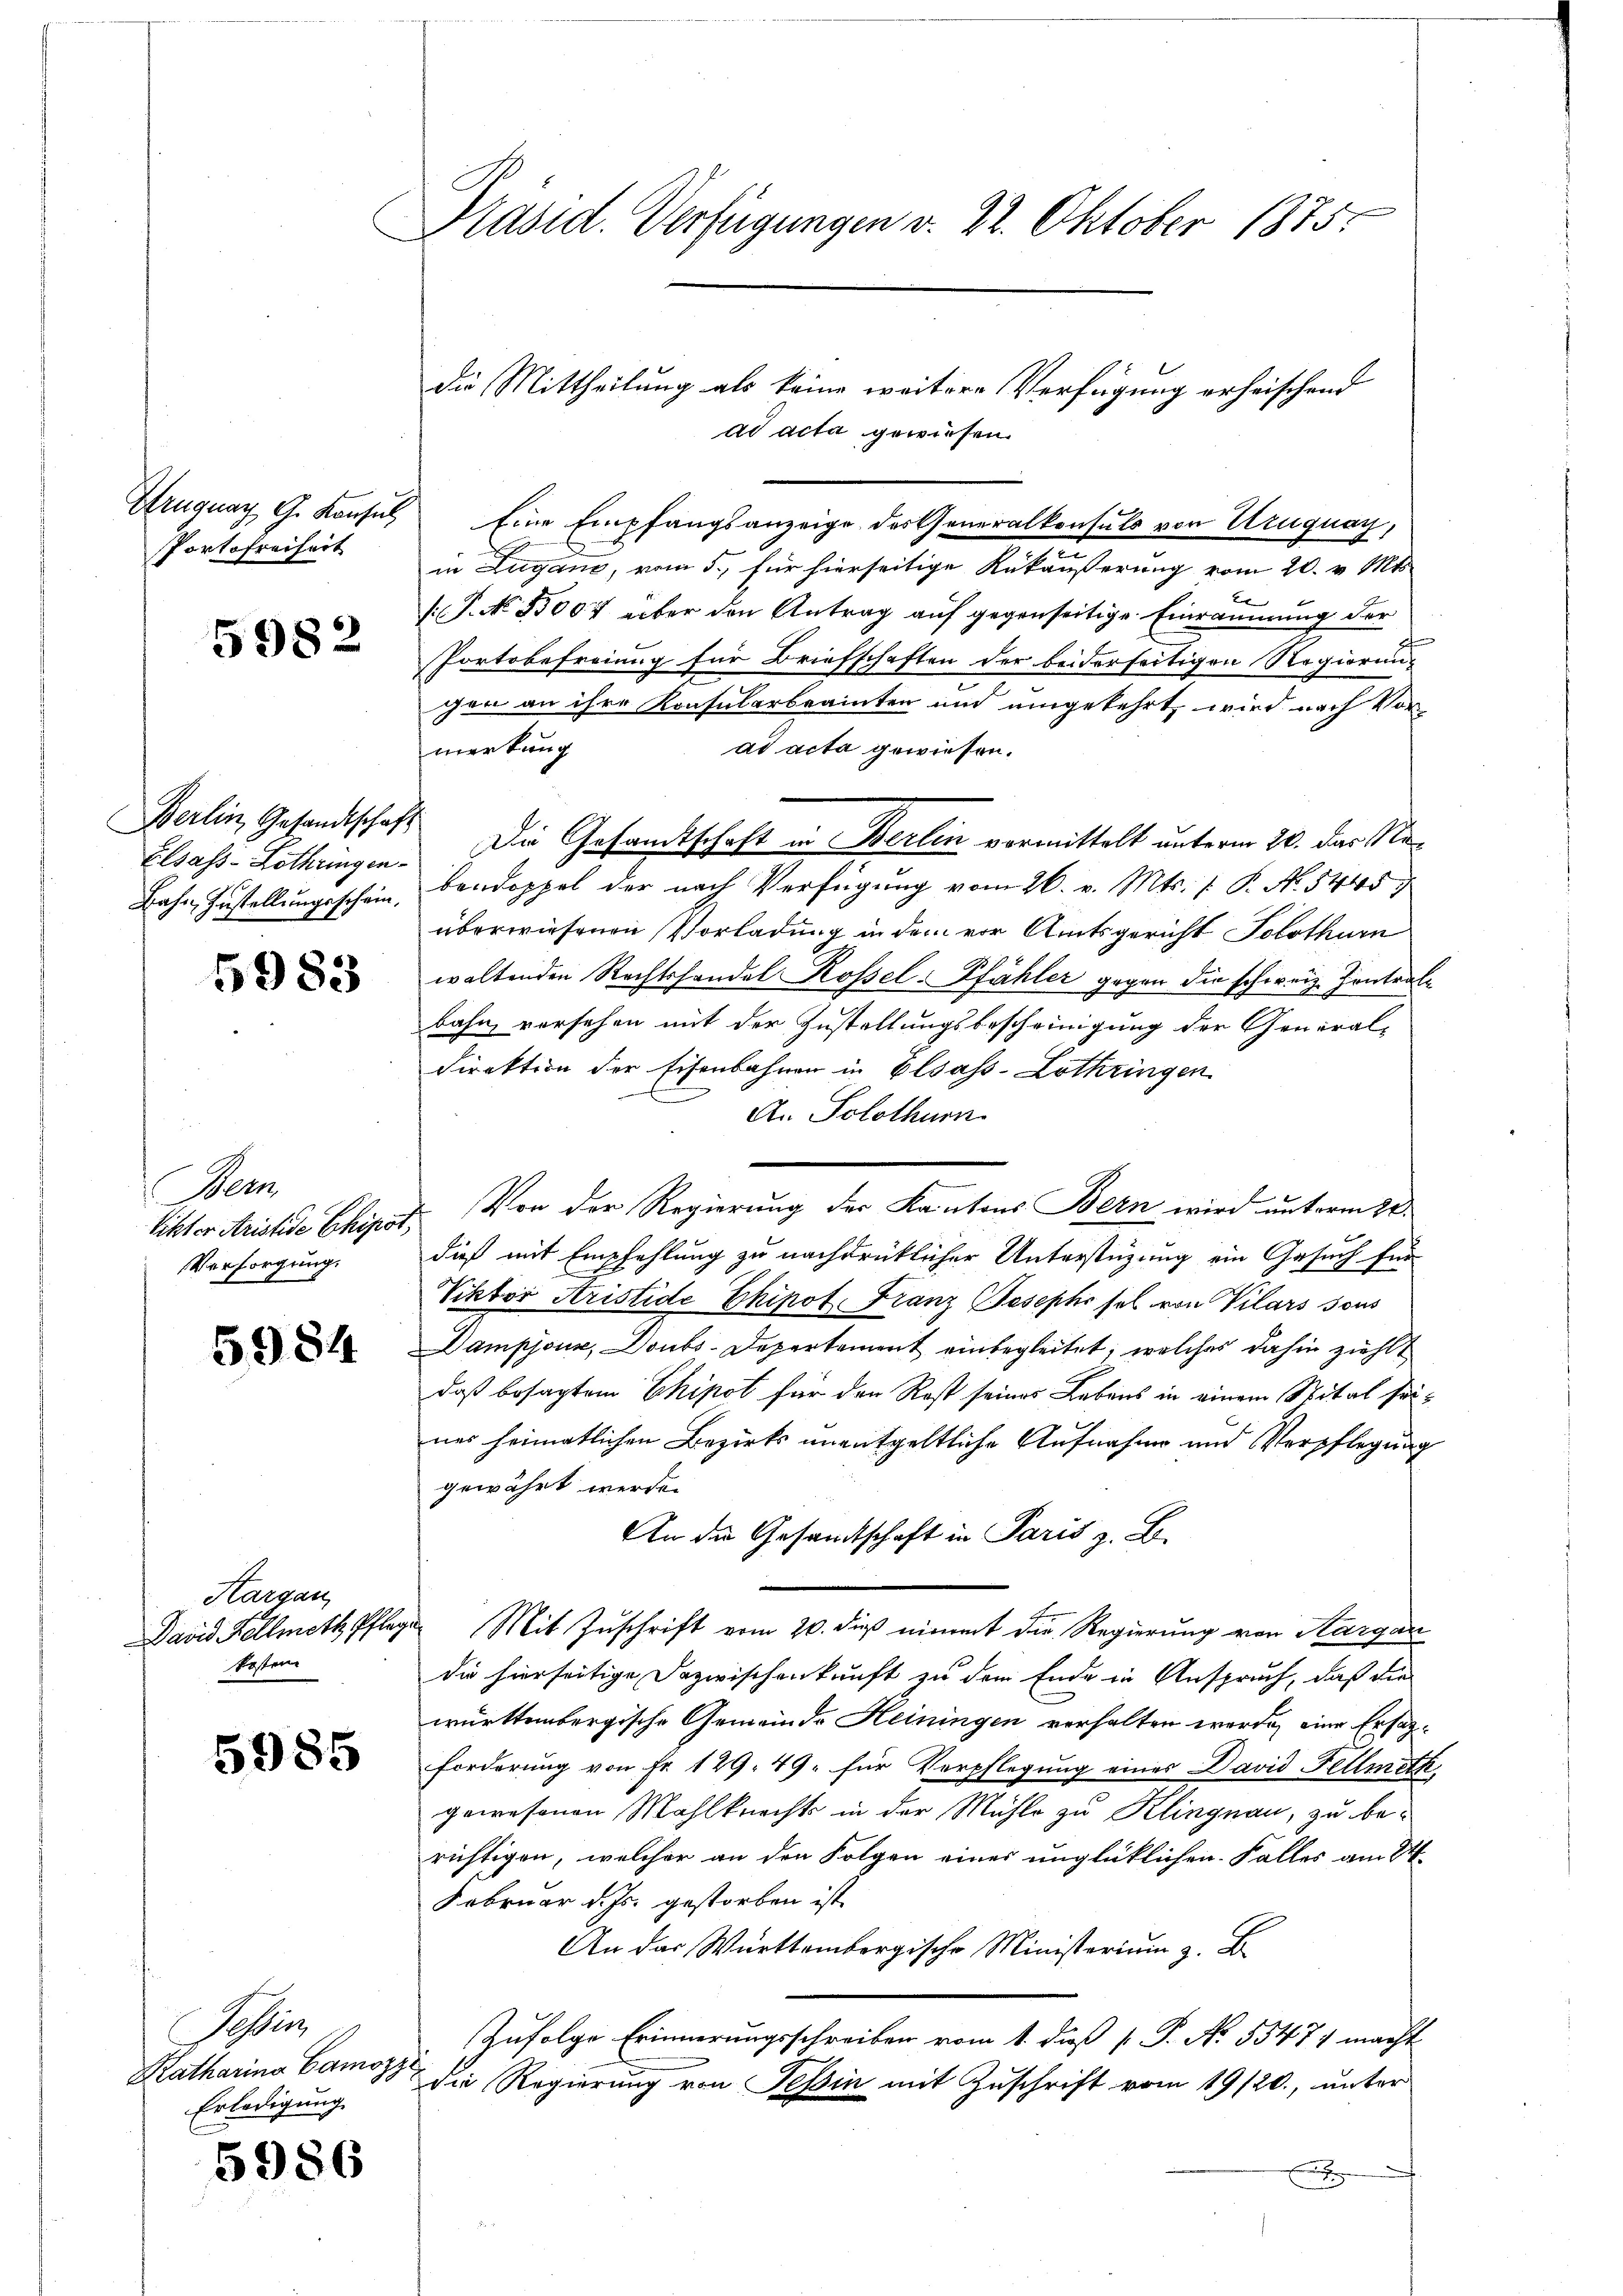
Portofreiheit

5982

Berlin, Gesandtschaft

5983

Bern,
Versorgung.

5984

Hargau
kosten

5985

5986

Präsid. Verfügungen v. 22. Oktober 1875.

Soin
Katharina Camozze

Eruguay G. Konses Eine Empfangsanzeige des Generalkonsuls von Uruguay,
in Lugano, vom 5. für hierseitige Rükäußerung vom 20. v. Mts.
2
(: P. No 83007 über den Antrag auf gegenseitige Einräumung der
Portobefreiung für Briefschaften der beiderseitigen Regierungen an ihre Konsularbrainten und umgekehrt, wird nach Vor-
ad acta gewiesen.
merkung
Elsass-Lothringen. Die Gesandtschaft in Berlin vormittelt unterm 20. Das Ne¬
Bahn Zustellŭngsschein, Bandoppel der nach Verfügung vom 26. v. Mts. /: P. Nr. 5445
überwiesenen Vorladung in dem vor Amtsgericht Solothurn
waltenden Rechtshandel Rossel-Pfähler gegen die schweiz. Kontrale
bahn versehen mit der Zustellungsbescheinigung der General-
Direktion der Eisenbahnen in Elsass-Lothringen
A. Solothur
likter Aristide Chipot. Von der Regierung der Kantons Bern wird unterm 20.
dieß mit Empfehlung zu nachdrücklicher Unterstüzung ein Gesuch für
Viktor Aristide Chipot. Franz Josephs sol von Vilars sous
Dampjour, Doubs-Departement einbegleitet, welches dahin ziehlt
daß besagtem Chipot für den Rost seines Lebens in einem Spital seines heimatlichen Bezirks unentgeltliche Aufnahme und Verpflegung
gewährt werde.
An die Gesandtschaft in Paris z. B.
David Kellmeth Pflege Mit Zuschrift vom 20. dieß nimmt die Regierung von Aargau
die hierseitige Dazwischenkunft zu dem Ende in Anspruch, daß die
württembergische Gemeinde Heiningen verhalten werde, eine Ersatzforderung von Fr. 129. 49. für Verpflegung eines David Fellmeth,
gewesenen Mahlkrechts in der Mühle zu Klingnau, zu berichtigen, welcher an den Folgen einer unglücklichen Falles am 24.
Februar d. Js. gestorben ist
An das Württembergische Ministerium z. B.
Zufolge Erinnerungsschreiben vom 1. daß [ P. No. 55471 macht
Erledigung die Regierung von Tessin mit Zuschrift vom 19/20., unter
g

die Mittheilung als keine weitere Verfügung erheischend
ad acta gewiesen.